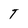
Character: T